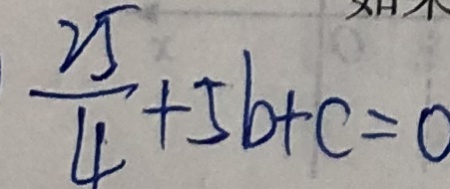
\frac { 2 5 } { 4 } + 5 b + c = 0